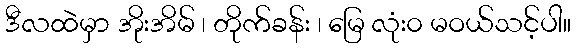
ဒီလထဲမှာ အိုးအိမ် ၊ တိုက်ခန်း ၊ မြေ လုံး၀ မဝယ်သင့်ပါ။